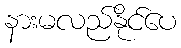
နားမလည်နိုင်ပေ